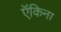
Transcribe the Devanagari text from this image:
ऍकिना